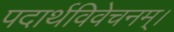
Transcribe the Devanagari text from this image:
पदार्थविवेचनम्।